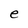
Character: e